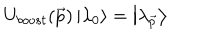
U _ { b o o s t } ( \vec { p } ) \left| \lambda _ { 0 } \right> = \left| \lambda _ { \vec { p } } \right>